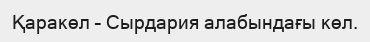
Қаракөл – Сырдария алабындағы көл.